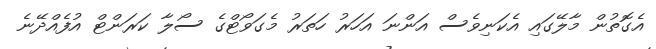
އެގޮތުން މާލޭގައި އެކަނިވެސް އަންނަ އަހަރު ހަތަރު މެގަވޯޓްގެ ސޯލާ ކަރަންޓް އުފެއްދޭނެ